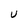
Character: U